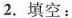
2.填空：